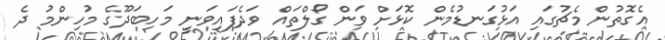
އެގޮތުން މެޗުގައި އަޅުގަނޑުމެން ކޮޅަށް ވަން ގޯލްތައް ވަދެފައިވަނީ މަހިބަދޫގެ މުހިންމު ދެ